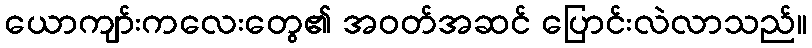
ယောကျာ်းကလေးတွေ၏ အဝတ်အဆင် ပြောင်းလဲလာသည်။